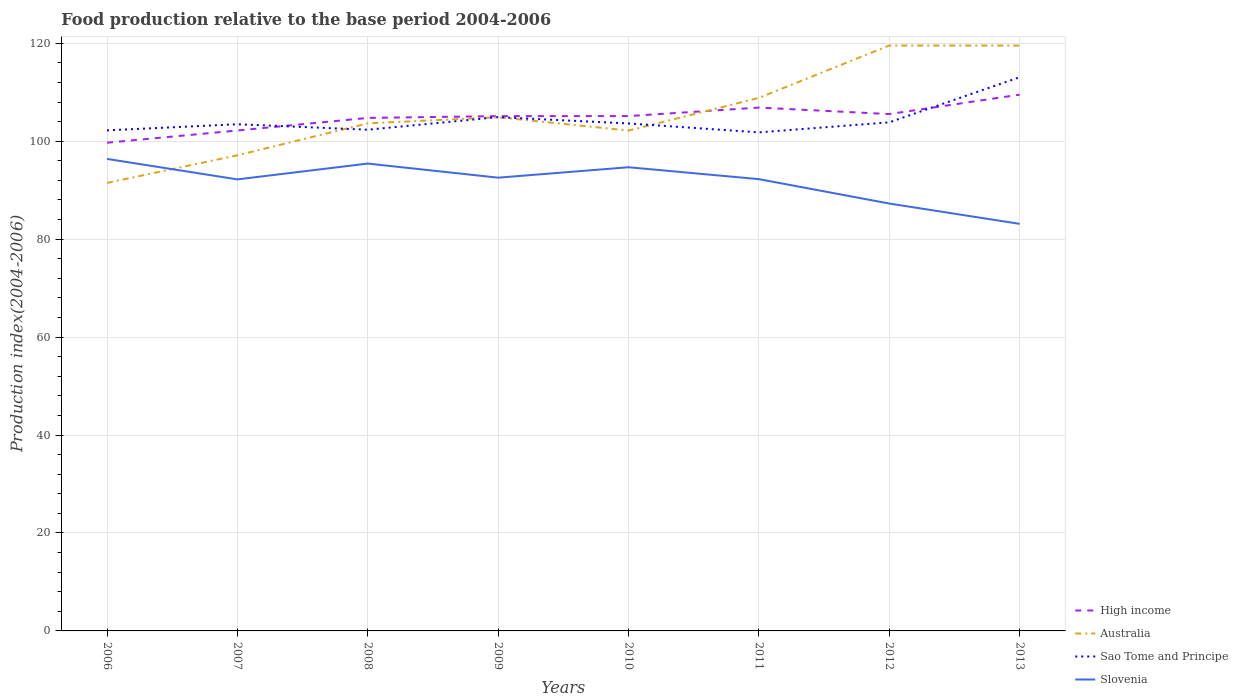
| Years | High income | Australia | Sao Tome and Principe | Slovenia |
 | --- | --- | --- | --- | --- |
 | 2006 | 99.7 | 91.5 | 102 | 96.4 |
 | 2007 | 102 | 97.1 | 103 | 92.2 |
 | 2008 | 105 | 104 | 102 | 95.4 |
 | 2009 | 105 | 105 | 105 | 92.5 |
 | 2010 | 105 | 102 | 104 | 94.7 |
 | 2011 | 107 | 109 | 102 | 92.2 |
 | 2012 | 106 | 120 | 104 | 87.3 |
 | 2013 | 110 | 120 | 113 | 83.1 |